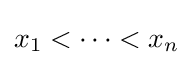
x_{1}<\dots <x_{n}